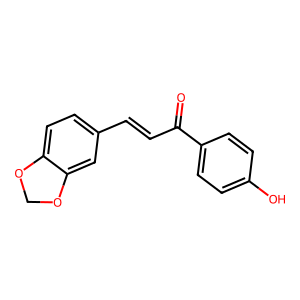
SMILES: O=C(C=Cc1ccc2c(c1)OCO2)c1ccc(O)cc1
Inhibits HIV replication: No